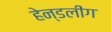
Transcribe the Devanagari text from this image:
हेन्डलींग